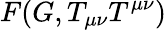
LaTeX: F(G,T_{\mu\nu}T^{\mu\nu})